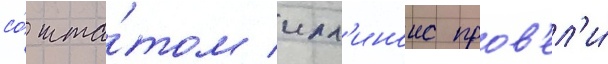
со́ шта́том илл'иноис пров'ел'и́